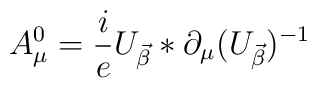
A_\mu^0 = \frac{i}{e}U_{\vec \beta} * \partial_\mu (U_{\vec\beta})^{-1}